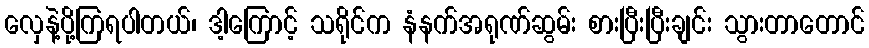
လှေနဲ့ပို့ကြရပါတယ်၊ ဒါ့ကြောင့် သရိုင်က နံနက်အရုဏ်ဆွမ်း စားပြီးပြီးချင်း သွားတာတောင်